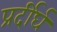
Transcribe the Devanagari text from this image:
प्रर्दीर्घ